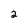
Character: 2